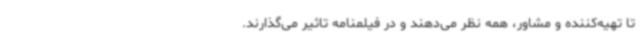
تا تهیه‌کننده و مشاور، همه نظر می‌دهند و در فیلمنامه تاثیر می‌گذارند.